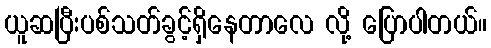
ယူဆပြီးပစ်သတ်ခွင့်ရှိနေတာလေ လို့ ပြောပါတယ်။